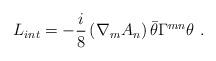
LaTeX: \begin{align*}L_{int} = -\frac{i}{8} \left({\nabla}_{m} {A_n} \right) \bar{\theta} {\Gamma}^{mn} {\theta}\ .\end{align*}